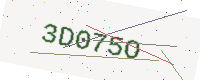
Text: 3D075O